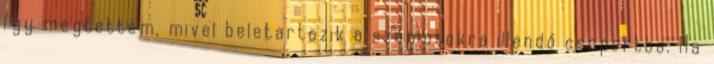
így megtettem, mivel beletartozik a számotokra illendő csoportba. Ha